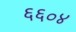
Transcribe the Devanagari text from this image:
६६०४